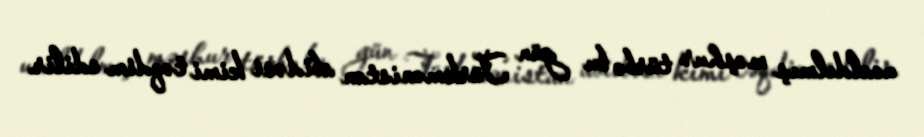
ucaldılmış məşhur türbə bu gün Türkmənistan abidəsi kimi təqdim edilir.